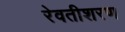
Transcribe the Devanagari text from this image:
रेवतीशरण